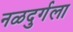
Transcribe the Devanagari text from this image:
नळदुर्गला